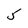
Character: 5